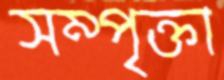
সম্পৃক্তা